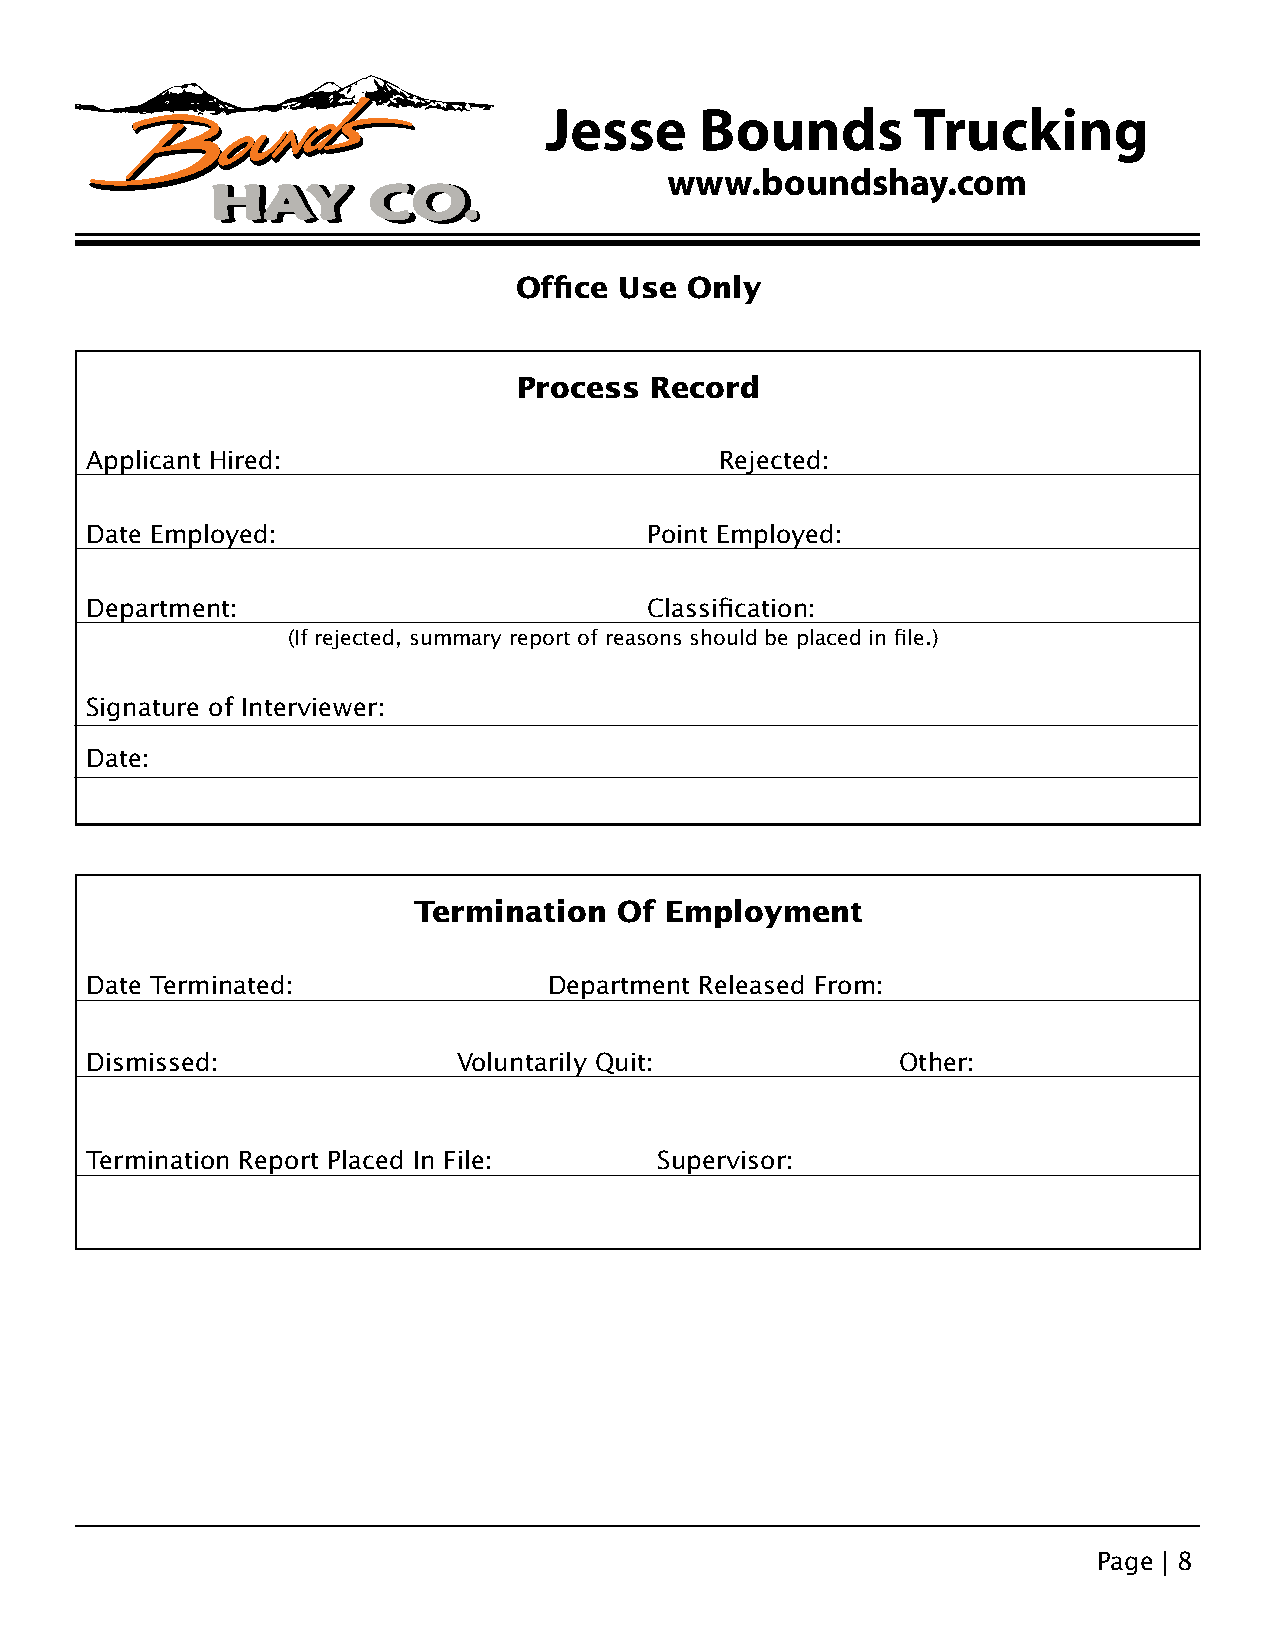
Jesse     Bounds        Trucking
 www.boundshay.com
 Office Use Only
 Process  Record
 Applicant Hired:                          Rejected:
 Date Employed:                       Point Employed:
 Department:                          Classification:
 (If rejected, summary report of reasons should be placed in file.)
 Signature of Interviewer:
 Date:
 Termination   Of Employment
 Date Terminated:              Department Released From:
 Dismissed:              Voluntarily Quit:             Other:
 Termination Report Placed In File:    Supervisor:
 Page | 8